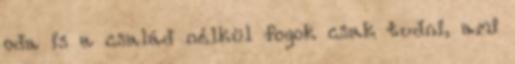
oda is a család nélkül fogok csak tudni, ami